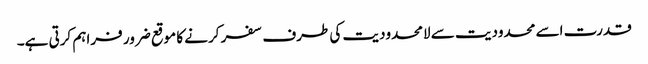
قدرت اسے محدودیت سے لامحدودیت کی طرف سفر کرنے کا موقع ضرور فراہم کرتی ہے۔